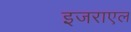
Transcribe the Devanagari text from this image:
इजराएल